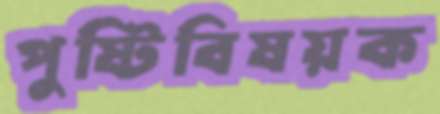
পুষ্টিবিষয়ক